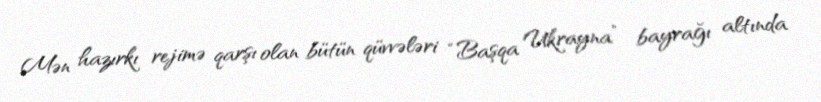
Mən hazırkı rejimə qarşı olan bütün qüvvələri “Başqa Ukrayna” bayrağı altında